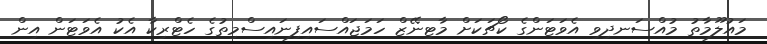
މައުލޫމާތު މުއްސަނދިވި އެވަޓަންގެ ކޯޗަކަށް މާޓިނޭޒް ހަމަޖައްސައިފިނައިސްމިތުގެ ހެޓްރިކާ އެކު އެވަޓަން އިން